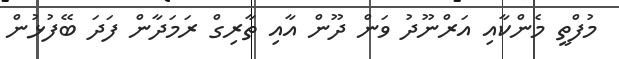
މުފްތީ މެންކާއި އަރްނޫދު ވަން ދޫން އާއި ތާރިގް ރަމަދާން ފަދަ ބޭފުޅުން